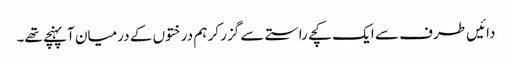
دائیں طرف سے ایک کچے راستے سے گزر کر ہم درختوں کے درمیان آپہنچے تھے۔